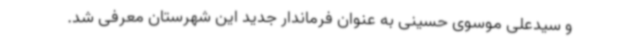
و سیدعلی موسوی حسینی به عنوان فرماندار جدید این شهرستان معرفی شد.